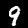
Digit: 9